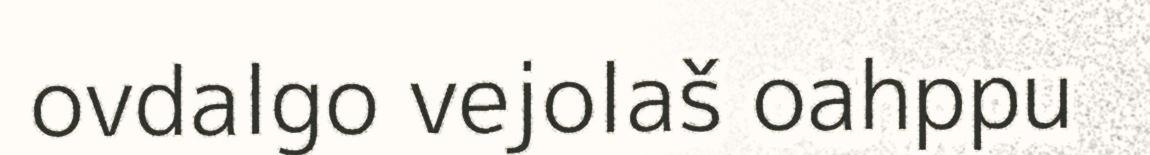
ovdalgo vejolaš oahppu